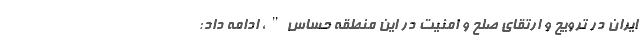
ایران در ترویج و ارتقای صلح و امنیت در این منطقه حساس"، ادامه داد: